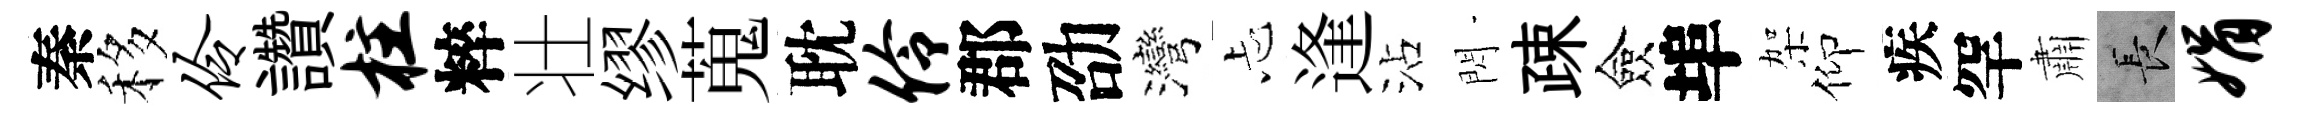
秦移伶讚柱粹壮缪蒐耽伶郡劭灣忐逢沾閃疎僉埠架仰疾罕肅长娟